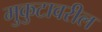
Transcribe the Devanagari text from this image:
मुकुटावरील